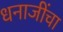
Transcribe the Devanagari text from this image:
धनाजींचा